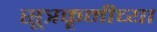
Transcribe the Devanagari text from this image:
सूत्रकृमीच्या